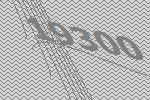
19300